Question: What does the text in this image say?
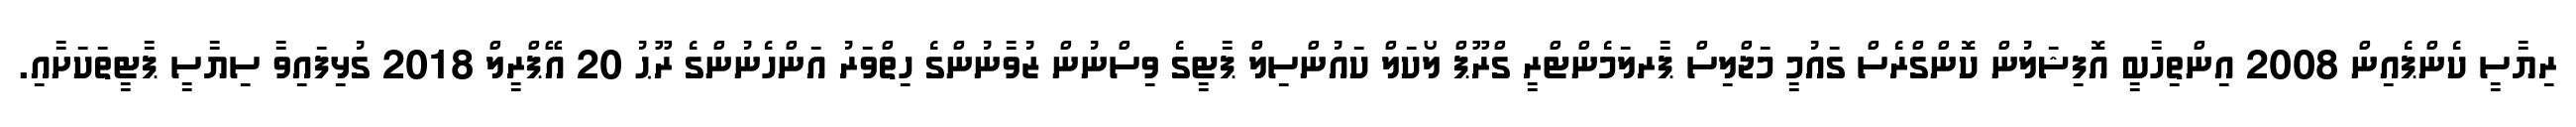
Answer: ރިޔާސީ ކެންޕެއިން 2008 އިންތިހާބީ އޮފިޝަލުން ކޮންގްރެސް ގައުމީ މަޖްލިސް ޕާރލަމެންޓްރީ ގްރޫޕް ލޯކަލް ކައުންސިލް ޕާޓީގެ ވިސްނުން ޒުވާނުންގެ ހިތްވަރު އަންހެނުންގެ ރޫޙު 20 އޭޕްރީލް 2018 ގުޅިފައިވާ ސިޔާސީ ޕާޓީތަކަށާއި.